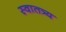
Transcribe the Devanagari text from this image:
स्वातत्र्य